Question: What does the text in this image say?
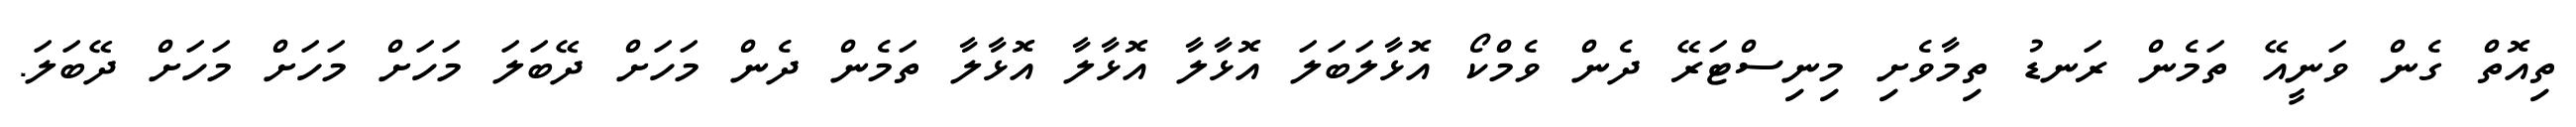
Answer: ތިއޮތް ގެން ވަނީއޭ ތަމެން ރަނޑު ތިމާވެށި މިނިސްޓަރޭ ދެން ވެމްކޯ އޮޅާލަބަލަ އޮޅާލާ އޮޅާލާ އޮޅާލާ ތަމެން ދެން މަހަށް ދޭބަލަ މަހަށް މަހަށް މަހަށް ދޭބަލަ.